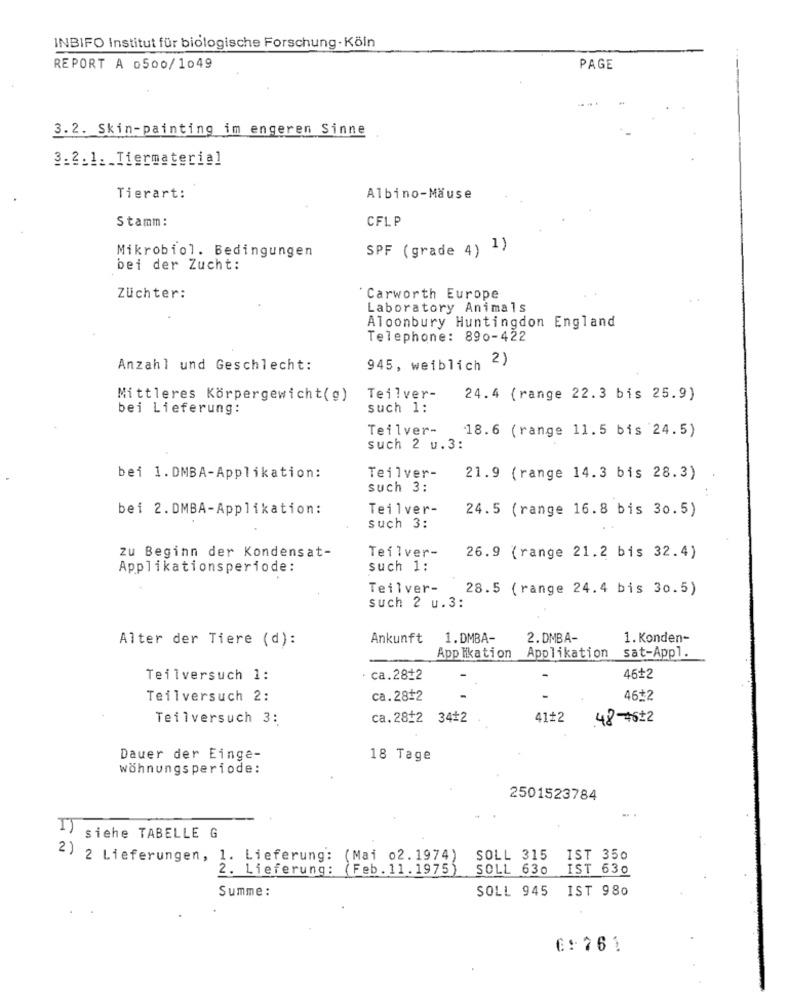
INBIFO Institut für biologische Forschung - Köln
REPORT A o500/1049
PAGE
3.2. Skin-painting im engeren Sinne
3.2.1. Tiermaterial
Tierart:
Albino-Mäuse
CFLP
Stamm:
Mikrobiol. Bedingungen
SPF (grade 4)
bei der Zucht:
Züchter:
Carworth Europe
Laboratory Animals
Aloonbury Huntingdon England
Telephone: 890-422
2)
Anzahl und Geschlecht:
945, weiblich
Mittleres Körpergewicht(g)
Teilver-
24.4 (range 22.3 bis 25.9)
bei Lieferung:
such 1:
Teilver-
18.6 (range 11.5 bis 24.5)
such 2 u.3:
Teilver-
bei 1.DMBA-Applikation:
21.9 (range 14.3 bis 28.3)
such 3:
bei 2.DMBA-Applikation:
Teilver-
24.5 (range 16.8 bis 30.5)
such 3:
Teilver-
zu Beginn der Kondensat-
26.9 (range 21.2 bis 32.4)
Applikationsperiode:
such 1:
Teilver-
28.5 (range 24.4 bis 30.5)
such 2 u.3:
Alter der Tiere (d):
Ankunft
1.DMBA-
2.DMBA-
1. Konden-
Applikation
Applikation sat-Appl.
Teilversuch 1:
· ca.28+2
46+2
Teilversuch 2:
ca.28+2
46+2
Teilversuch 3:
ca.28+2 34#2
41+2
48-4622
Dauer der Einge-
18 Tage
wöhnungsperiode:
2501523784
I)
siehe TABELLE G
2) 2 Lieferungen, 1. Lieferung:
(Mai 02.1974)
SOLL 315
IST 350
2. Lieferung:
(Feb . 11.1975)
SOLL 630
IST 630
Summe :
SOLL 945
IST 980
€: 76 1